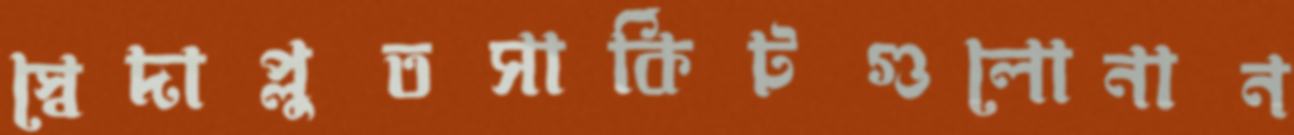
স্বেদাপ্লুতসার্কিটগুলোনান